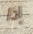
إذا